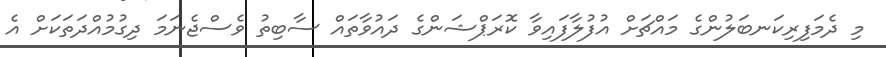
މި ދެމަފިރިކަނބަލުންގެ މައްޗަށް އުފުލާފައިވާ ކޮރަޕްޝަންގެ ދައުވާތައް ސާބިތު ވެސްޖެނަމަ ދިގުމުއްދަތަކަށް އެ